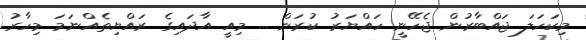
މިކަހަލަ ޖައްބާރުން ޖެހޭނީ ހައްޔަރު ކުރަން ... މިއީ އާދައިގެ ރައްޔިތެއްނަމަ މިހާރު